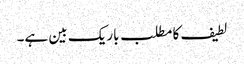
لطیف کا مطلب باریک بین ہے۔